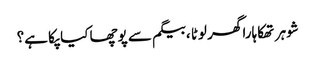
شوہر تھکاہارا گھر لوٹا ،بیگم سے پوچھا کیا پکا ہے؟